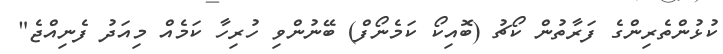
ކުޅުންތެރިންގެ ފަރާތުން ކޯޗު (ބޮއިކޯ ކަމެނޯފް) ބޭނުންވި ހުރިހާ ކަމެއް މިއަދު ފެނިއްޖެ"